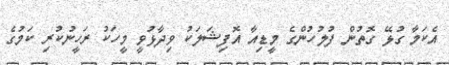
އެކަމާ ގުޅޭ ގޮތުން ފުލުހުންގެ މީޑިއާ އޮފިޝަލަކު ވިދާޅުވީ މީހަކު ރަހީނުކުރި ކަމުގެ